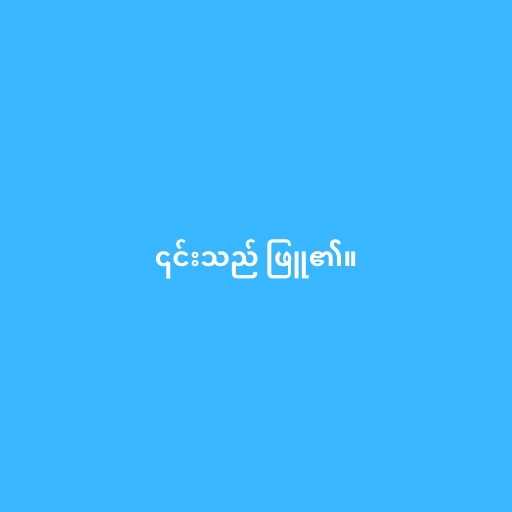
၎င်းသည် ဖြူ၏။